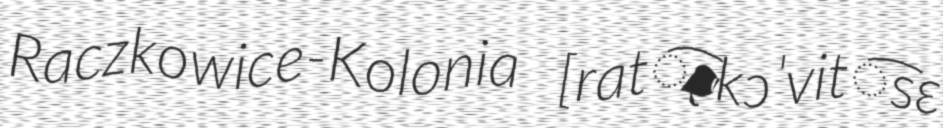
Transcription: Raczkowice-Kolonia [rat͡ʂkɔˈvit͡sɛ